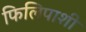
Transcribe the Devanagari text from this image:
फिलिपाशी